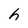
Character: h